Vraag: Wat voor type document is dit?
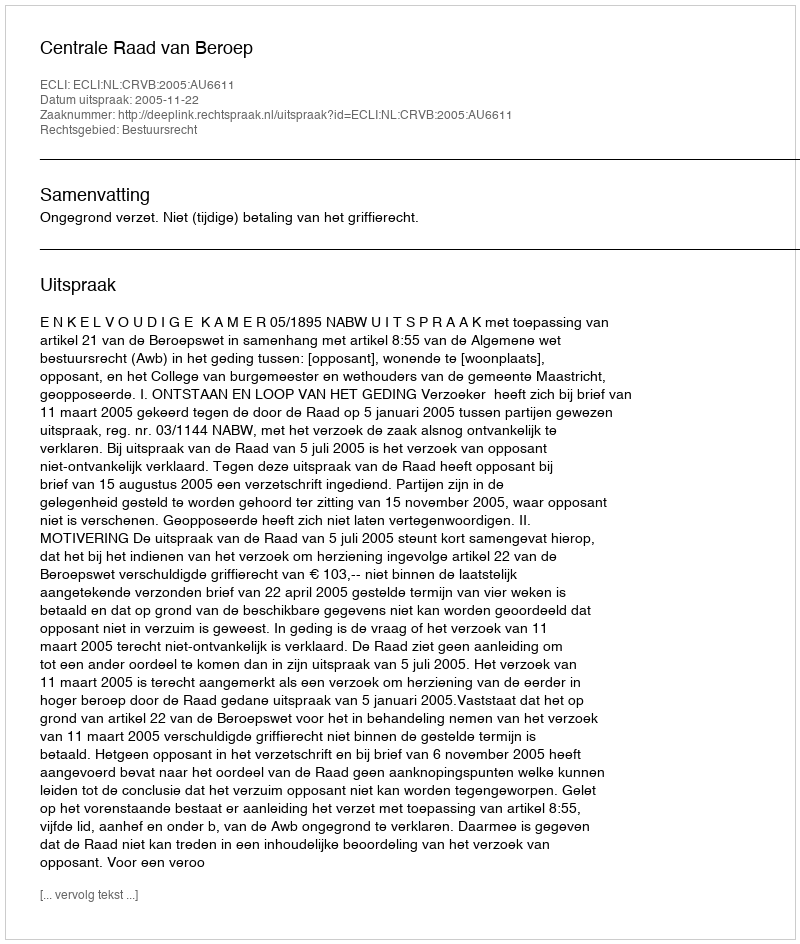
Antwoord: Uitspraak